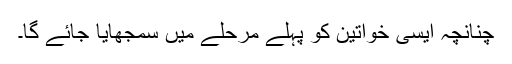
چنانچہ ایسی خواتین کو پہلے مرحلے میں سمجھایا جائے گا۔